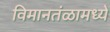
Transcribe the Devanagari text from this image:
विमानतंळामध्ये